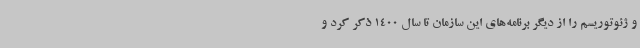
و ژئوتوریسم را از دیگر برنامه‌های این سازمان تا سال 1400 ذکر کرد و